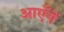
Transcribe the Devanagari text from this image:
आएँगें